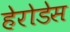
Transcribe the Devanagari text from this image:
हेरोडेस